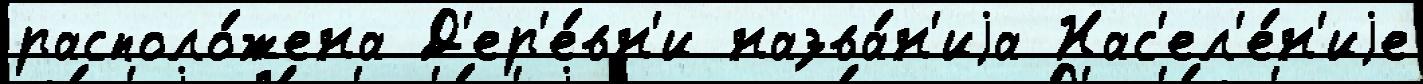
располо́жена Д'ер'е́вн'и назва́н'иjа Нас'ел'е́н'иjе